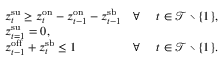
\begin{array} { r l r l } & { z _ { t } ^ { \mathrm { { s u } } } \geq z _ { t } ^ { \mathrm { o n } } - z _ { t - 1 } ^ { \mathrm { { o n } } } - z _ { t - 1 } ^ { \mathrm { s b } } } & { \forall ~ } & { t \in \mathcal { T } \setminus \{ 1 \} , } \\ & { z _ { t = 1 } ^ { \mathrm { { s u } } } = 0 , } \\ & { z _ { t - 1 } ^ { \mathrm { o f f } } + z _ { t } ^ { \mathrm { { s b } } } \leq 1 } & { \forall ~ } & { t \in \mathcal { T } \setminus \{ 1 \} . } \end{array}